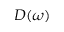
D ( \omega )